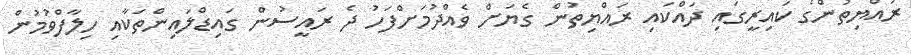
ރައްޔިތުންގެ ކައިރީގައި ދައްކައި ރައްޔިތުން ގެޔަށް ވެއްދުމަށްފަހު ދެ ރައީސުން ގައިޑްލައިންތަކާއި ހިލާފްވުމުން